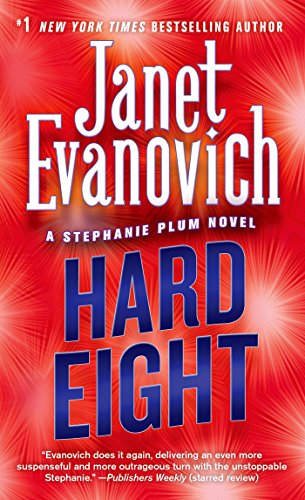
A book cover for Hard Eight (Stephanie Plum, No. 8) (Stephanie Plum Novels); Janet Evanovich; Romance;